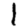
Digit: 1